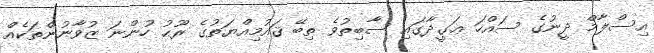
އިސްލާމް ދީނުގެ ސައްހަ ޢަގީދާގައި ސާބިތުވެ ތިބޭ ޤައުމިއްޔަތުގެ ރޫޙު ހުންނަ ޒުވާނުންތަކެއް